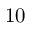
1 0